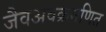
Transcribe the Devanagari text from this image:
जैवअवक्रमणित